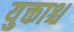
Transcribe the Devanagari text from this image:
युक्ताश्च